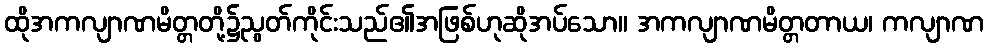
ထိုအကလျာဏမိတ္တတို့၌ညွတ်ကိုင်းသည်၏အဖြစ်ဟုဆိုအပ်သော။ အကလျာဏမိတ္တတာယ၊ ကလျာဏ